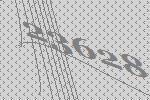
23628